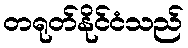
တရုတ်နိုင်ငံသည်